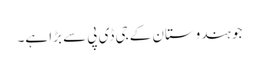
جو ہندوستان کے جی ڈی پی سے بڑا ہے۔